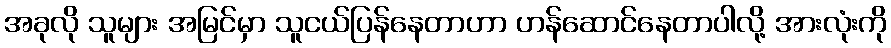
အခုလို သူများ အမြင်မှာ သူငယ်ပြန်နေတာဟာ ဟန်ဆောင်နေတာပါလို့ အားလုံးကို